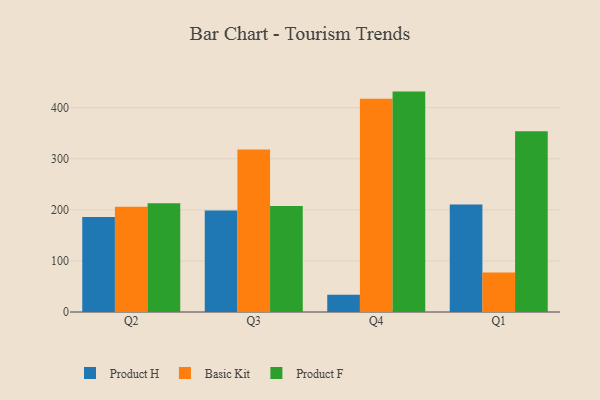
{"axis": {"x": "Quarter", "y": "Active Users"}, "legend": ["Basic Kit", "Product F", "Product H"], "data": [{"x": "Q2", "y": 186.0, "type": "Product H"}, {"x": "Q2", "y": 206.3, "type": "Basic Kit"}, {"x": "Q2", "y": 213.1, "type": "Product F"}, {"x": "Q3", "y": 198.9, "type": "Product H"}, {"x": "Q3", "y": 318.2, "type": "Basic Kit"}, {"x": "Q3", "y": 207.7, "type": "Product F"}, {"x": "Q4", "y": 33.6, "type": "Product H"}, {"x": "Q4", "y": 417.5, "type": "Basic Kit"}, {"x": "Q4", "y": 431.5, "type": "Product F"}, {"x": "Q1", "y": 210.5, "type": "Product H"}, {"x": "Q1", "y": 77.1, "type": "Basic Kit"}, {"x": "Q1", "y": 353.7, "type": "Product F"}]}